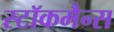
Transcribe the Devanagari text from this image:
स्टॉकमैन्स